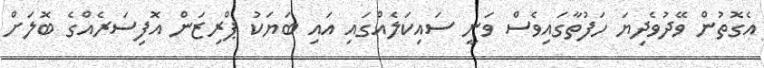
އެގޮތުން ވޭދުވެދިޔަ ހަފުތާގައިވެސް ވަނީ ސައިކަލެއްގައި އައި ބަޔަކު ޕްރިޒަން އޮފިސަރެއްގެ ބޮލަށް